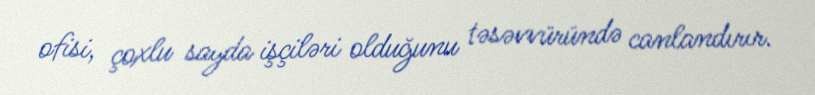
ofisi, çoxlu sayda işçiləri olduğunu təsəvvüründə canlandırır.